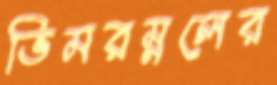
ভিমরম্নলের